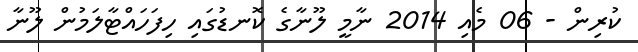
ކުރިން - 06 މެއި 2014 ނާމީ ލޫނާގެ ކޮނޑުގައި ހިފަހައްޓާލަމުން ލޫނާ